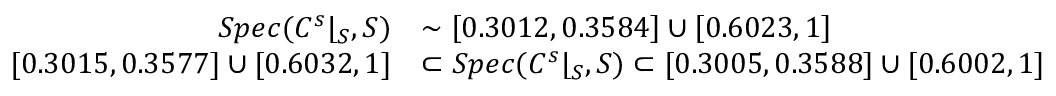
\begin{array} { r l } { S p e c ( C ^ { s } \lfloor _ { S } , S ) } & { \sim \left[ 0 . 3 0 1 2 , 0 . 3 5 8 4 \right] \cup \left[ 0 . 6 0 2 3 , 1 \right] } \\ { \lbrack 0 . 3 0 1 5 , 0 . 3 5 7 7 ] \cup \lbrack 0 . 6 0 3 2 , 1 ] } & { \subset S p e c ( C ^ { s } \lfloor _ { S } , S ) \subset \lbrack 0 . 3 0 0 5 , 0 . 3 5 8 8 ] \cup \lbrack 0 . 6 0 0 2 , 1 ] } \end{array}